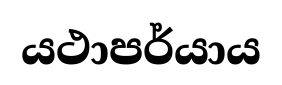
යථාපර්යාය